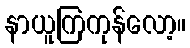
နာယူကြကုန်လော့။